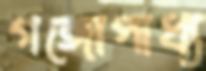
গঙ্গোপাধ্য